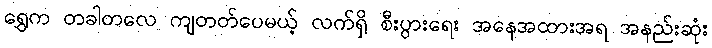
ရွှေက တခါတလေ ကျတတ်ပေမယ့် လက်ရှိ စီးပွားရေး အနေအထားအရ အနည်းဆုံး